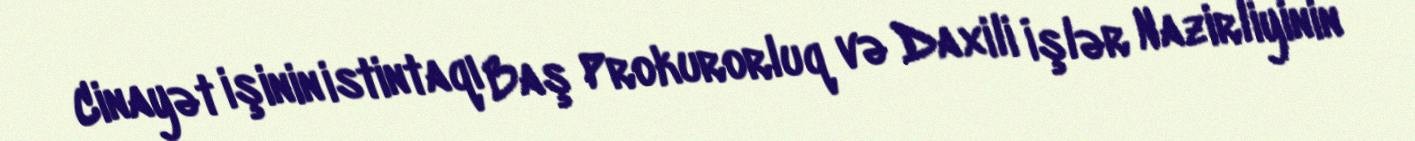
Cinayət işinin istintaqı Baş Prokurorluq və Daxili İşlər Nazirliyinin